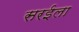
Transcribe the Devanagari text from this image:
सरईला